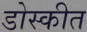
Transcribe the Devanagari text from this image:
डोस्कीत